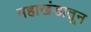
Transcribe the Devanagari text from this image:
महाखंडातून